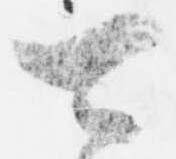
可